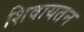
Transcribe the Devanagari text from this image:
शिवायतन